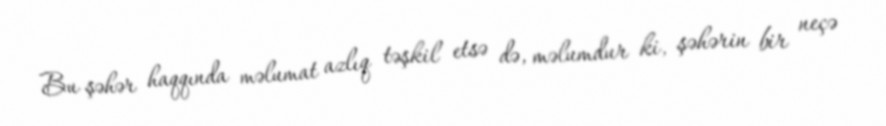
Bu şəhər haqqında məlumat azlıq təşkil etsə də, məlumdur ki, şəhərin bir neçə